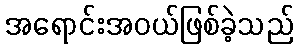
အရောင်းအဝယ်ဖြစ်ခဲ့သည်